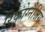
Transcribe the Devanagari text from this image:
रिकोग्नैजिंग